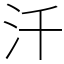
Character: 汘